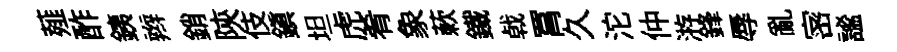
薤酢銕辫銷陝伎鎮坦虎肴象蔌鐵㦸罥久沱仲㳺鋒辱亂宻謐